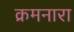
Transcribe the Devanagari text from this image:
क्रमनारा